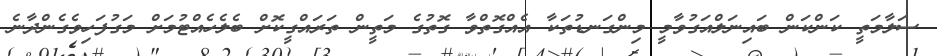
ސަލާމަތީ ކަންކަން ބައިނަލްއަގުވާމީ މިންގަނޑުތަކާ އެއްގޮތްވާ ގޮތުގެ މަތީން ތަރައްގީކޮށް ބެލެހެއްޓުމަށް މަގުފަހިވެގެންދާނެ